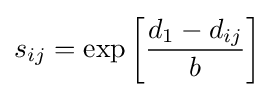
s_{ij}=\exp {\left[{\frac {d_{1}-d_{ij}}{b}}\right]}